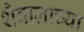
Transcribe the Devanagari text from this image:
शैवालाच्या